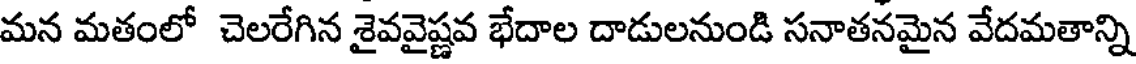
మన మతంలో చెలరేగిన శైవవైష్ణవ భేదాల దాడులనుండి సనాతనమైన వేదమతాన్ని